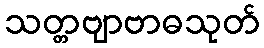
သတ္တဗျာဗာဓသုတ်